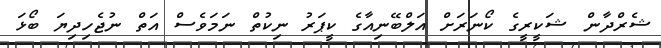
ޝެރްދާން ޝަކީރީގެ ކޯނަރަށް އަލްބޭނިއާގެ ކީޕަރު ނިކުތް ނަމަވެސް އަތް ނުޖެހިދިޔަ ބޯޅަ